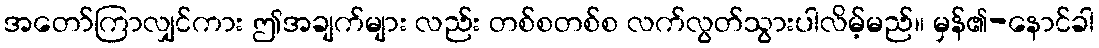
အတော်ကြာလျှင်ကား ဤအချက်များ လည်း တစ်စတစ်စ လက်လွတ်သွားပါလိမ့်မည်။ မှန်၏-နောင်ခါ